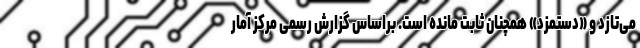
می‌تازد و «دستمزد» همچنان ثابت مانده است. براساس گزارش رسمی مرکز آمار